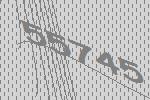
55745